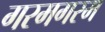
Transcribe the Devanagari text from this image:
गरमगरम